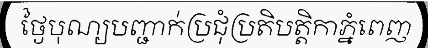
ថ្ងៃបុណ្យបញ្ជាក់ប្រជុំប្រតិបត្តិកាភ្នំពេញ